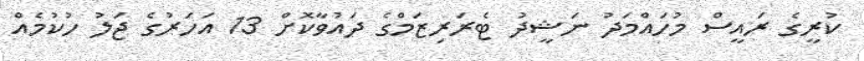
ކުރީގެ ރައީސް މުހައްމަދު ނަޝީދު ޓެރަރިޒަމްގެ ދައުވާކޮށް 13 އަހަރުގެ ޖަލު ހުކުމެއް